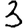
Digit: 3